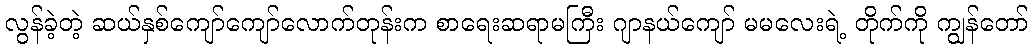
လွန်ခဲ့တဲ့ ဆယ်နှစ်ကျော်ကျော်လောက်တုန်းက စာရေးဆရာမကြီး ဂျာနယ်ကျော် မမလေးရဲ့ တိုက်ကို ကျွန်တော်